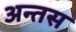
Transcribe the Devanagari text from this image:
अन्तस